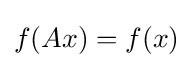
f(Ax)=f(x)